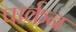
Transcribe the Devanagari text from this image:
पार्कन